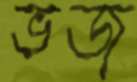
ভজ